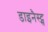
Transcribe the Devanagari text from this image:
डाइनैस्ट्स